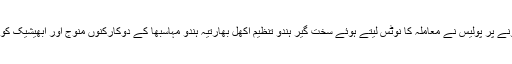
ویڈیو وائرل ہونے پر پولیس نے معاملہ کا نوٹس لیتے ہوئے سخت گیر ہندو تنظیم اکھل بھارتیہ ہندو مہاسبھا کے دوکارکنوں منوج اور ابھیشیک کو گرفتار کر لیا۔